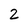
Character: 2